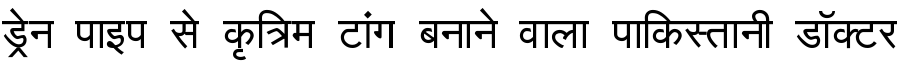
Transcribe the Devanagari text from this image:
ड्रेन पाइप से कृत्रिम टांग बनाने वाला पाकिस्तानी डॉक्टर